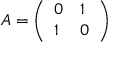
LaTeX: A = { \left( \begin{array} { l l } { 0 } & { 1 } \\ { 1 } & { 0 } \end{array} \right) }